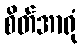
စိတ်အာရုံ